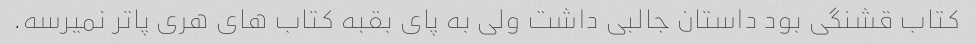
کتاب قشنگی بود داستان جالبی داشت ولی به پای بقبه کتاب های هری پاتر نمیرسه.